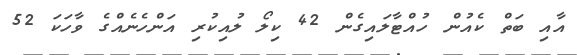
އާއި ބަތް ކެއުން ހުއްޓާލައިގެން 42 ކިލޯ ލުއިކުރި އަންހެނެއްގެ ވާހަކަ 52